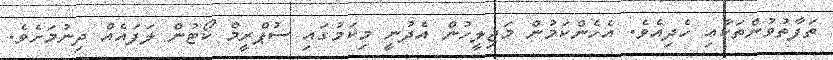
ތަފާތުވުންތަކާއި ހެދިއެވެ. އެހެންކަމުން މަޖިލީހުން އެދުނީ މިކަމުގައި ސުޕްރީމް ކޯޓުން ލަފައެއް ދިނުމަށެވެ.